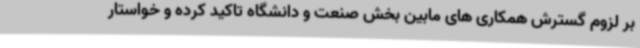
بر لزوم گسترش همکاری های مابین بخش صنعت و دانشگاه تاکید کرده و خواستار